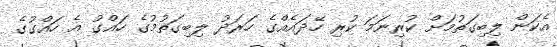
އެކަން ލިބިގަތުމަށް ކުރިނަމަ ކުރި ހޭދައެއްގެ ހަރަދު ލިބިގަތުމުގެ ހައްގު އެ ހައްގުގެ